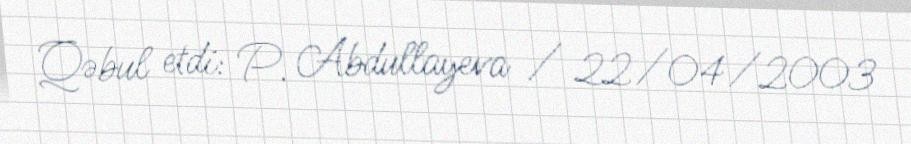
Qəbul etdi: P. Abdullayeva / 22/04/2003